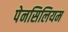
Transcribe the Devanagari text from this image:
पेनसिलियम